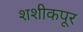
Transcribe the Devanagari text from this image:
शशीकपूर